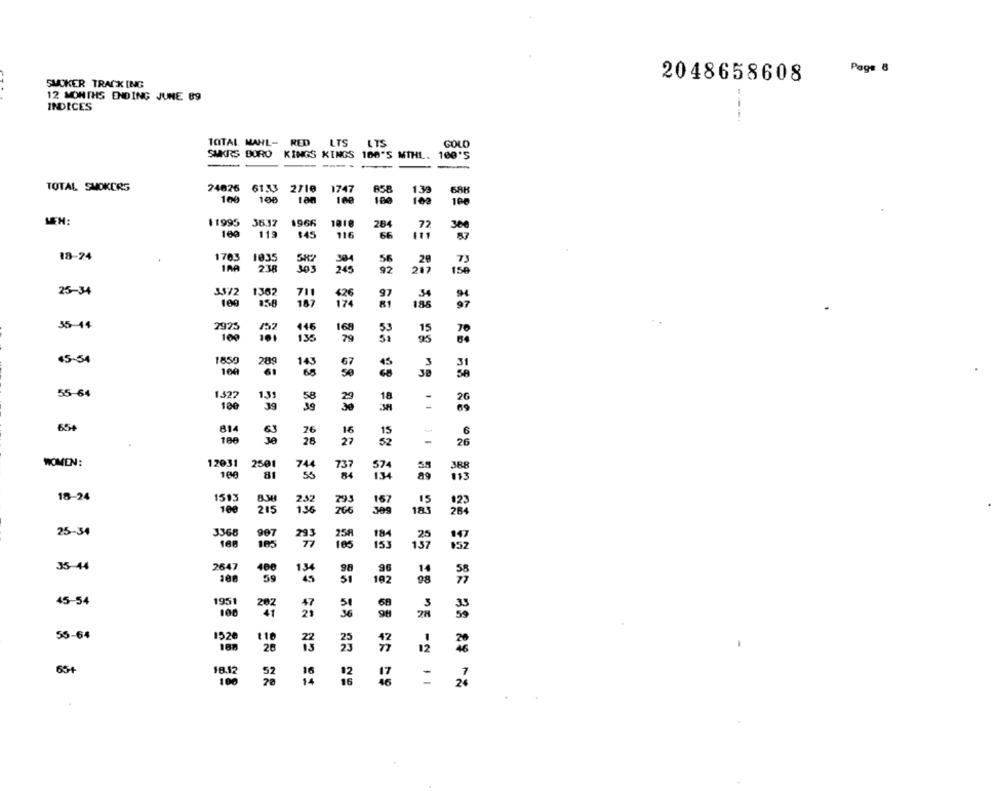
Page 8
2048658608
SMOKER TRACK ING
12 MONTHS ENDING JUNE 89
INDICES
----.
TOTAL MAHL- RED
LTS
LTS
GOLD
SMKRS BORO KINGS KINGS 100'S MIHL.
100'S
TOTAL SMOKERS
24626 6133 2710
1747
858
1.39
БАН
100
100
100
100
11995
36.37
1966
1018
284
72
30€
169
119
$45
116
66
111
87
18-24
1703
1035
394
56
73
238
245
92
150
25-34
3572
1362
626
97
711
109
158
187
174
188
35-44
7925
152
146
168
109
101
135
79
45-54
1850
289
143
100
61
65
67
55-64
1522
1.31
18
100
39
39
654
814
63
26
16
15
28
27
52
26
WOMEN:
12031
2501
74
574
108
81
55
737
84
134
113
18-24
1513
167
15
834
2.32
123
100
215
136
266
Jeg
185
284
3368
25-34
907
293
258
184
147
185
105
153
$52
35-44
2647
400
134
98
96
192
58
59
98
45-54
195
202
3
36
28
55-64
152
110
26
12
12
65+
18.12
02
100
=